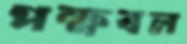
পক্ষবল